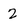
Character: 2